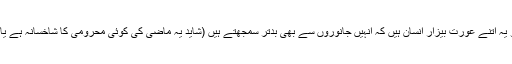
موصوف کا المیہ نامعلوم کیا ہے جو یہ اتنے عورت بیزار انسان ہیں کہ انہیں جانوروں سے بھی بدتر سمجھتے ہیں (شاید یہ ماضی کی کوئی محرومی کا شاخسانہ ہے یا پھر بچپن کی کسی دماغی چوٹ کا۔